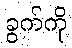
ခွက်ကို